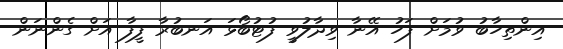
އިންތިހާބު ވުމަށް ފަހު އޭނާ ވިދާލުވީ ފުޓުބޯޅަ އަނބުރާ ފީފާ އަށް ގެންނަން